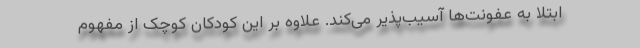
ابتلا به عفونت‌ها آسیب‌پذیر می‌کند. علاوه بر این کودکان کوچک از مفهوم